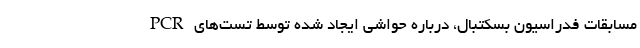
مسابقات فدراسیون بسکتبال، درباره حواشی ایجاد شده توسط تست‌های PCR